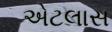
એટલાસ